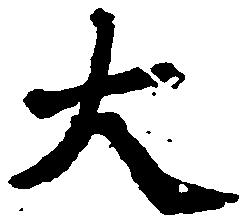
大